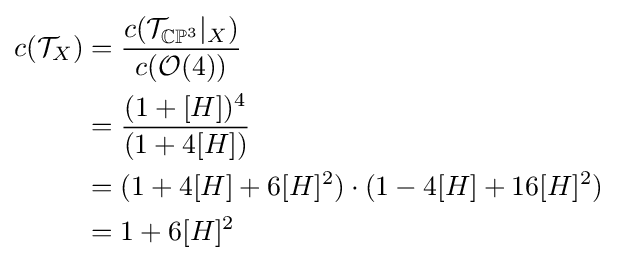
{\begin{aligned}c({\mathcal {T}}_{X})&={\frac {c({\mathcal {T}}_{\mathbb {CP} ^{3}}|_{X})}{c({\mathcal {O}}(4))}}\\&={\frac {(1+[H])^{4}}{(1+4[H])}}\\&=(1+4[H]+6[H]^{2})\cdot (1-4[H]+16[H]^{2})\\&=1+6[H]^{2}\end{aligned}}